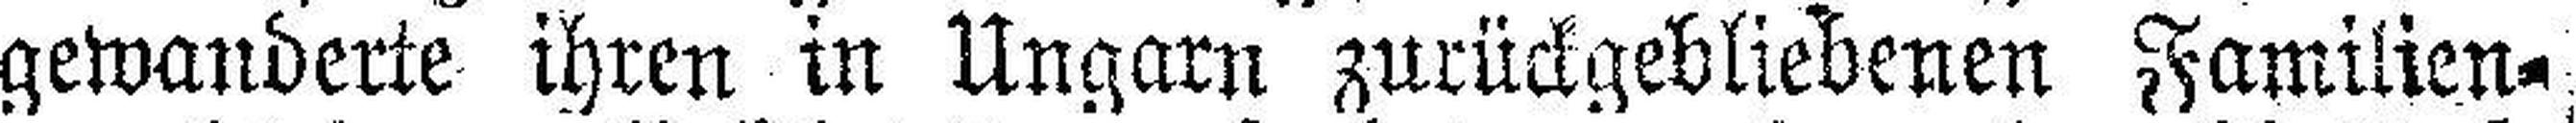
gewanderte ihren in Ungarn zurückgebliebenen Familien¬